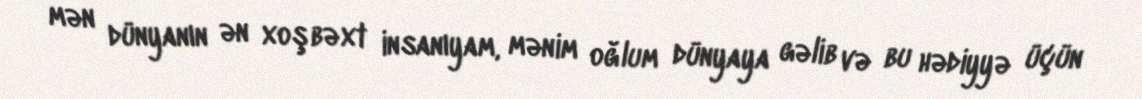
mən dünyanın ən xoşbəxt insanıyam, mənim oğlum dünyaya gəlib və bu hədiyyə üçün